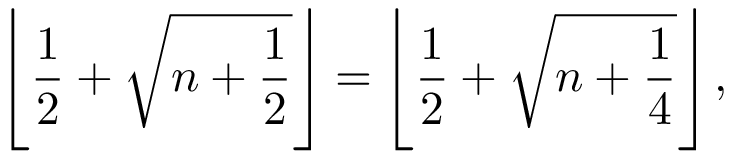
\left\lfloor { \frac { 1 } { 2 } } + { \sqrt { n + { \frac { 1 } { 2 } } } } \right\rfloor = \left\lfloor { \frac { 1 } { 2 } } + { \sqrt { n + { \frac { 1 } { 4 } } } } \right\rfloor ,